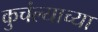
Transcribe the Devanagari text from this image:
कुचंल्याच्या